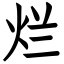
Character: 烂